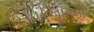
વિરલાઓ